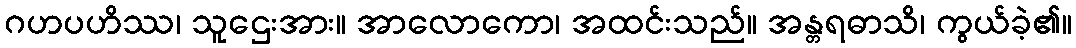
ဂဟပဟိဿ၊ သူဌေးအား။ အာလောကော၊ အထင်းသည်။ အန္တရဓာသိ၊ ကွယ်ခဲ့၏။